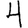
Digit: 4